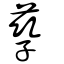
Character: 孳